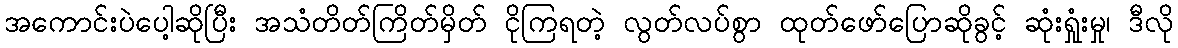
အကောင်းပဲပေါ့ဆိုပြီး အသံတိတ်ကြိတ်မှိတ် ငိုကြရတဲ့ လွတ်လပ်စွာ ထုတ်ဖော်ပြောဆိုခွင့် ဆုံးရှုံးမှု၊ ဒီလို